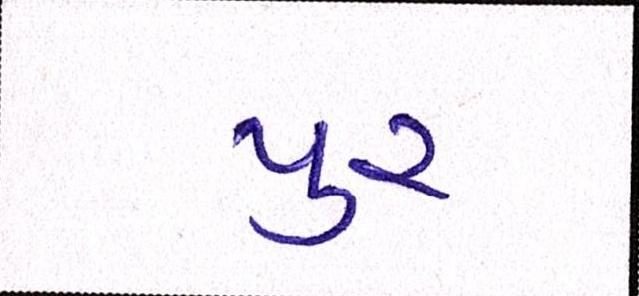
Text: પુર